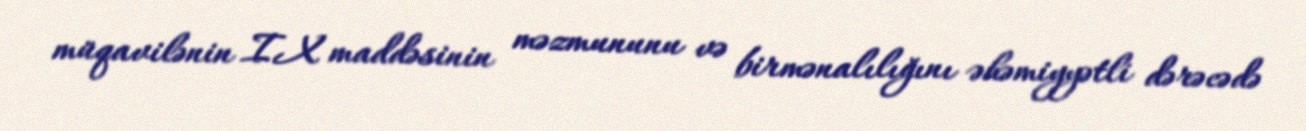
müqavilənin IX maddəsinin məzmununu və birmənalılığını əhəmiyyətli dərəcədə